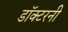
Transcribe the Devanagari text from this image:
डॉक्टरनी